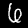
Label: 6